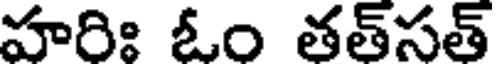
హరిః ఓం తత్సత్